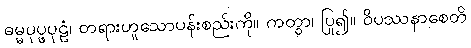
ဓမ္မပုပ္ဖပုဠံ၊ တရားဟူသောပန်းစည်းကို။ ကတွာ၊ ပြု၍။ ဝိပဿနာစေတိ